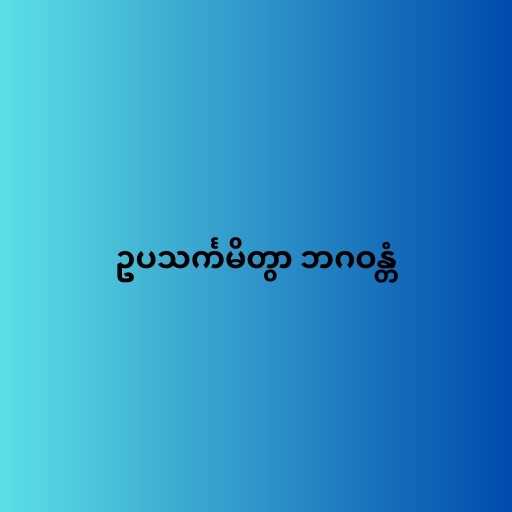
ဥပသင်္ကမိတွာ ဘဂဝန္တံ